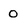
Character: 0